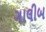
ગાલીબ